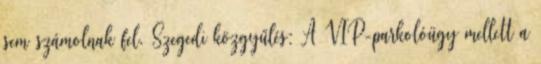
sem számolnak fel. Szegedi közgyűlés: A VIP-parkolóügy mellett a